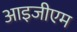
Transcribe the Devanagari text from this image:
आइजीएम